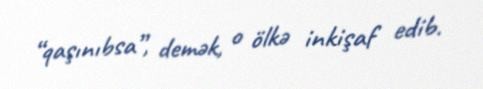
“qaşınıbsa”, demək, o ölkə inkişaf edib.